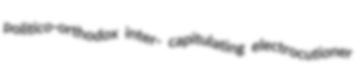
politico-orthodox inter- capitulating electrocutioner